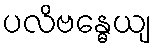
ပလိဗန္ဓေယျ